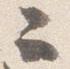
ニ